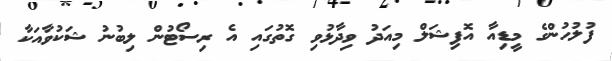
ފުލުހުންގެ މީޑިއާ އޮފިޝަލް މިއަދު ވިދާޅުވި ގޮތުގައި އެ ރިސޯޓުން ލިބުނު ޝަކުވާއަކާ